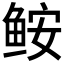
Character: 𩽾